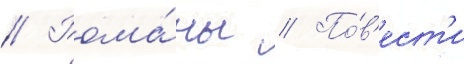
// Рома́ны // По́в'ест'и